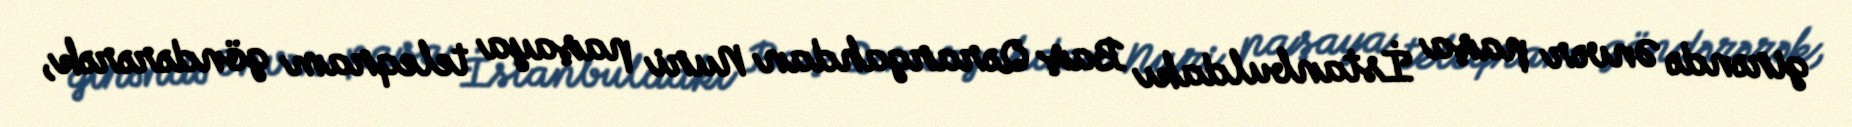
girəndə Ənvər paşa İstanbuldakı Baş Qərargahdan Nuri paşaya teleqram göndərərək,